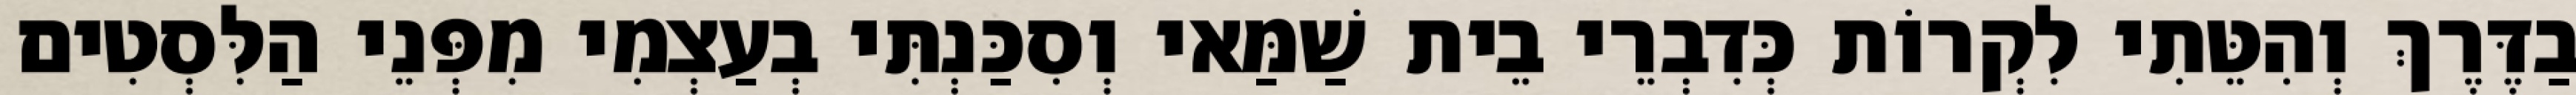
בַדֶּרֶךְ וְהִטֵּתִי לִקְרוֹת כְּדִבְרֵי בֵית שַׁמַּאי וְסִכַּנְתִּי בְעַצְמִי מִפְּנֵי הַלִּסְטִים